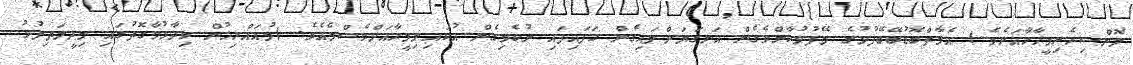
ލޮންސިހެރިމީހާހާއަށެވެ.) އެމާތްބޮޑުބޭބޭފުޅުގެ މޭފުޅުކާންވެގެން އަނގަޔަށްލައިގެން ހަފައިފައި ނުކެވިގެން އުކައިލިމީހާއަށްވެސްމެއެވެ. (މުއައްރިޚުން ވިދާޅުވާގޮތުގައި މިދީލަތިފުޅު